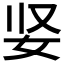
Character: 𫰐